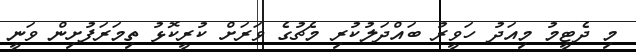
މި ދެޓީމު މިއަދު ހަވީރު ބައްދަލުކުރި މެޗުގެ ވަރަށް ކުރީކޮޅު ތިމަރަފުށިން ވަނީ